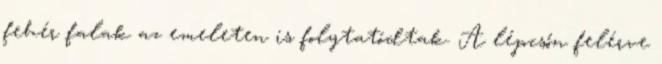
fehér falak az emeleten is folytatódtak. A lépcsőn felérve